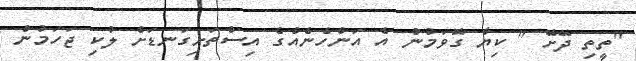
"ތީތި ދޭށޭ " ކިޔާ ގޮވަމުން އެ އަންހެނެއްގެ އިސްތަށިގަނޑަށް ލުކި ޖަހަމުން